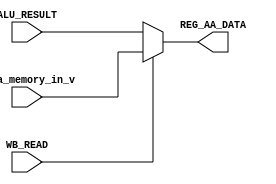
module WriteBack
(
	input [31:0] data_memory_in_v, //Data memory value
	input [31:0] ALU_RESULT,       // EXE value
  input WB_READ,                 //Determines whether to send data from memory or ALU back to register
	output [31:0] REG_AA_DATA      //Holds data that will be sent to the writeback register in the register bank
);

assign REG_AA_DATA = (WB_READ) ? data_memory_in_v : ALU_RESULT; //If high then send data from memory to register else send data from ALU to register
endmodule